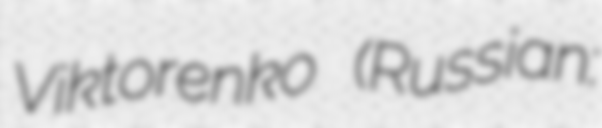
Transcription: Viktorenko (Russian: